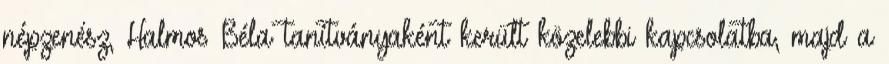
népzenész, Halmos Béla tanítványaként került közelebbi kapcsolatba, majd a